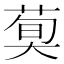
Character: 𦳣